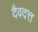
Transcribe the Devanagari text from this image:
दैवदत्त